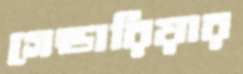
গেন্ডারিয়ার